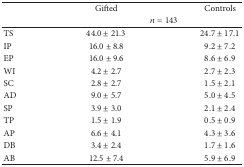
|  | Gifted | Controls |
 |  | <COLSPAN=2> n = 143 |
 | --- | --- | --- |
 | TS | 44.0 ± 21.3 | 24.7 ± 17.1 |
 | IP | 16.0 ± 8.8 | 9.2 ± 7.2 |
 | EP | 16.0 ± 9.6 | 8.6 ± 6.9 |
 | WI | 4.2 ± 2.7 | 2.7 ± 2.3 |
 | SC | 2.8 ± 2.7 | 1.5 ± 2.1 |
 | AD | 9.0 ± 5.7 | 5.0 ± 4.5 |
 | SP | 3.9 ± 3.0 | 2.1 ± 2.4 |
 | TP | 1.5 ± 1.9 | 0.5 ± 0.9 |
 | AP | 6.6 ± 4.1 | 4.3 ± 3.6 |
 | DB | 3.4 ± 2.4 | 1.7 ± 1.6 |
 | AB | 12.5 ± 7.4 | 5.9 ± 6.9 |